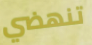
تنهضي